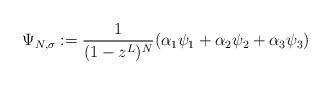
LaTeX: \begin{align*}\Psi_{N,\sigma}:=\frac{1} {(1-z^L)^N} (\alpha_1 \psi_1+ \alpha_2 \psi_2+\alpha_3 \psi_3 )\end{align*}